Civil Veterinary Dept. Assam report 1927-50 - 1927-1950
Year: 1927
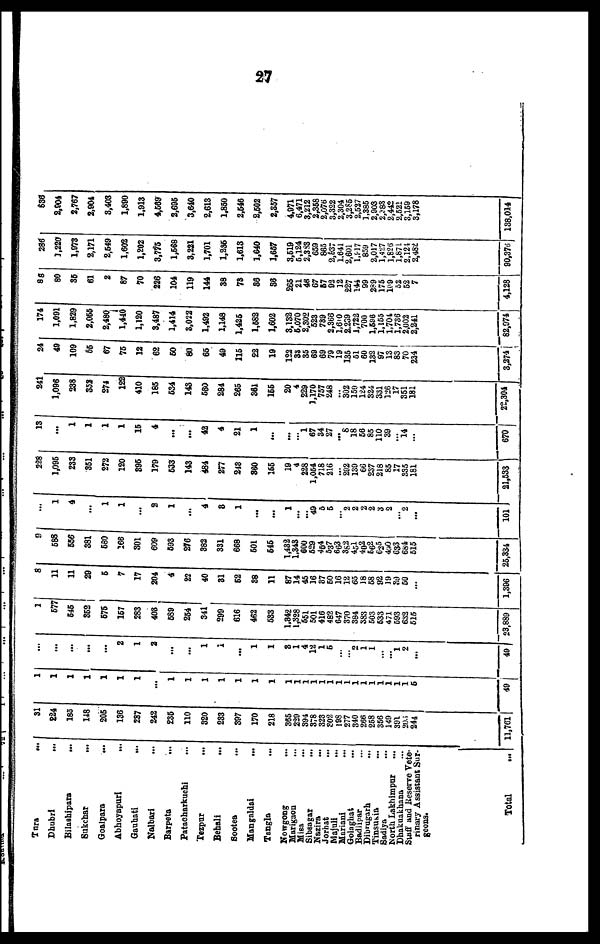
27
Tara
...
Dhubri ...
Bilashipara
...
Sukchar
...
Goalpara
...
Abhoyapuri
...
Gauhati
...
Nalbari ...
Barpeta ...
Patacharkuchi ...
Tezpur
...
Behali ...
Sootea ...
Mangaldai ...
Tangla ...
Nowgong ...
Marigaon ...
Sibsagar ...
Jorhat ...
Majuli
...
Mariani
...
Golaghat ...
Badlipar ...
Dibrugarh ...
Tinsukia
...
Sadiya
...
North Lakhimpur
...
Dhakuakhana ...
Staff and Reserve Vete-
rinary Assistant Sur-
geons.
Total
31
224
185
148
205
136
237
242
235
110
820
233
397
170
218
365
229
394
378
323
S02
198
277
340
266
258
356
149
391
203
244
11,761
1
1
1
1
1
1
1
...
1
1
1
1
1
1
1
1
1
1
1
1
1
1
1
1
1
1
1
1
1
1
6
49
...
...
...
...
...
2
1
2
...
...
1
1
...
1
1
3
1
4
12
1
5
...
...
2
1
1
...
...
1 2
...
49
1
577
545
352
675
157
283
403
589
254
341
299
616
462
533
1.342
1,328
551
501
416
482
647
370
384
383
503
533
471
593
632
515
23,889
8
11
11
29
5
7
17
204
4
22
40
31
52
88
11
87
14
45
16
37
50
16
12
65
18
58
92
19
39
50
...
1,396
9
588
556
381
680
166
301
609
593
276
382
331
668
501
545
1,432
1.343
600
529
454
537
663
382
451
402
562
625
490
633
684
515
25,334
...
1
4
...
1
1
...
2
1
...
4
3
1
...
...
1
...
...
49 5
5
2
2
2
2
3
2
...
2
...
101
228
1,095
233
351
272
120
395
179
533
143
484
277
248
360
165
19
4
228
1,054
718
216
...
292
139
66
237
218
85
17
335
181
21,533
13
...
1
1
1
1
15
4
...
...
42
4
21
1
...
...
...
1
67
34
27
... 8
18
56
85
110
39
...
14
...
670
241
1,096
238
352
274
122
410
185
534
143
530
284
265
361
166
20
4
229
1,170
757
248
...
302
159
124
324
331
126
17
351
181
22,304
24
49
109
56
67
75
12
62
60
80
65
49
115
22
19
122
3»
35
69
69
79
19
135
51
60
132
97
13
83
70
234
3,274
174
1,091
1,829
2,065
2,480
1,440
1,120
3,487
1,414
3,022
1,492
1,148
1,425
1,582
1,602
3,132
6,070
2,302
523
739
2,366
1,610
2,239
1,722
700
1,596
1,155
1,704
1,736
2,002
2,241
82,974
88
80
35
61
2
87
70
226
104
119
144
38
73
36
36
265
21
46
67
67
92
12
227
144
99
289
175
109
52
52
7
4,128
286
1,220
1,973
2,171
2,549
1,602
1,202
3,775
1,568
3,221
1,701
1,235
1,613
1,640
1,657
3,519
5,124
2,383
659
865
2,537
1,641
2,601
1,917
859
2,017
1,427
1,826
1,871
2,124
2,482
90,376
536
2,904
2,767
2,904
3,403
1,890
1,913
4,569
2,695
3,640
2,613
1,850
2,646
2,502
2,357
4.971
6,471
3,212
2,358
2,076
3,322
2.304
3,285
2,537
1,385
2,903
2,383
2,442
2,521
3,159
3,178
138,014